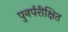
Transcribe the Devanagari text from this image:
पुनर्परीक्षित